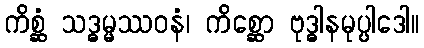
ကိစ္ဆံ သဒ္ဓမ္မဿဝနံ၊ ကိစ္ဆော ဗုဒ္ဓါနမုပ္ပါဒေါ။